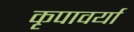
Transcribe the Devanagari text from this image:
कृपावर्या